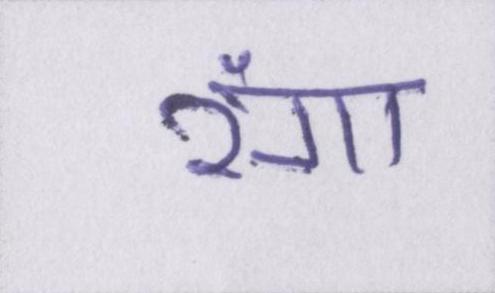
रंगा